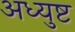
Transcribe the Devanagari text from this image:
अध्युष्ट